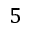
5